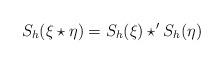
LaTeX: \begin{align*} S_h (\xi \star \eta) = S_h(\xi) \star' S_h(\eta) \end{align*}